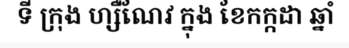
ទី ក្រុង ហ្សឺណែវ ក្នុង ខែកក្កដា ឆ្នាំ